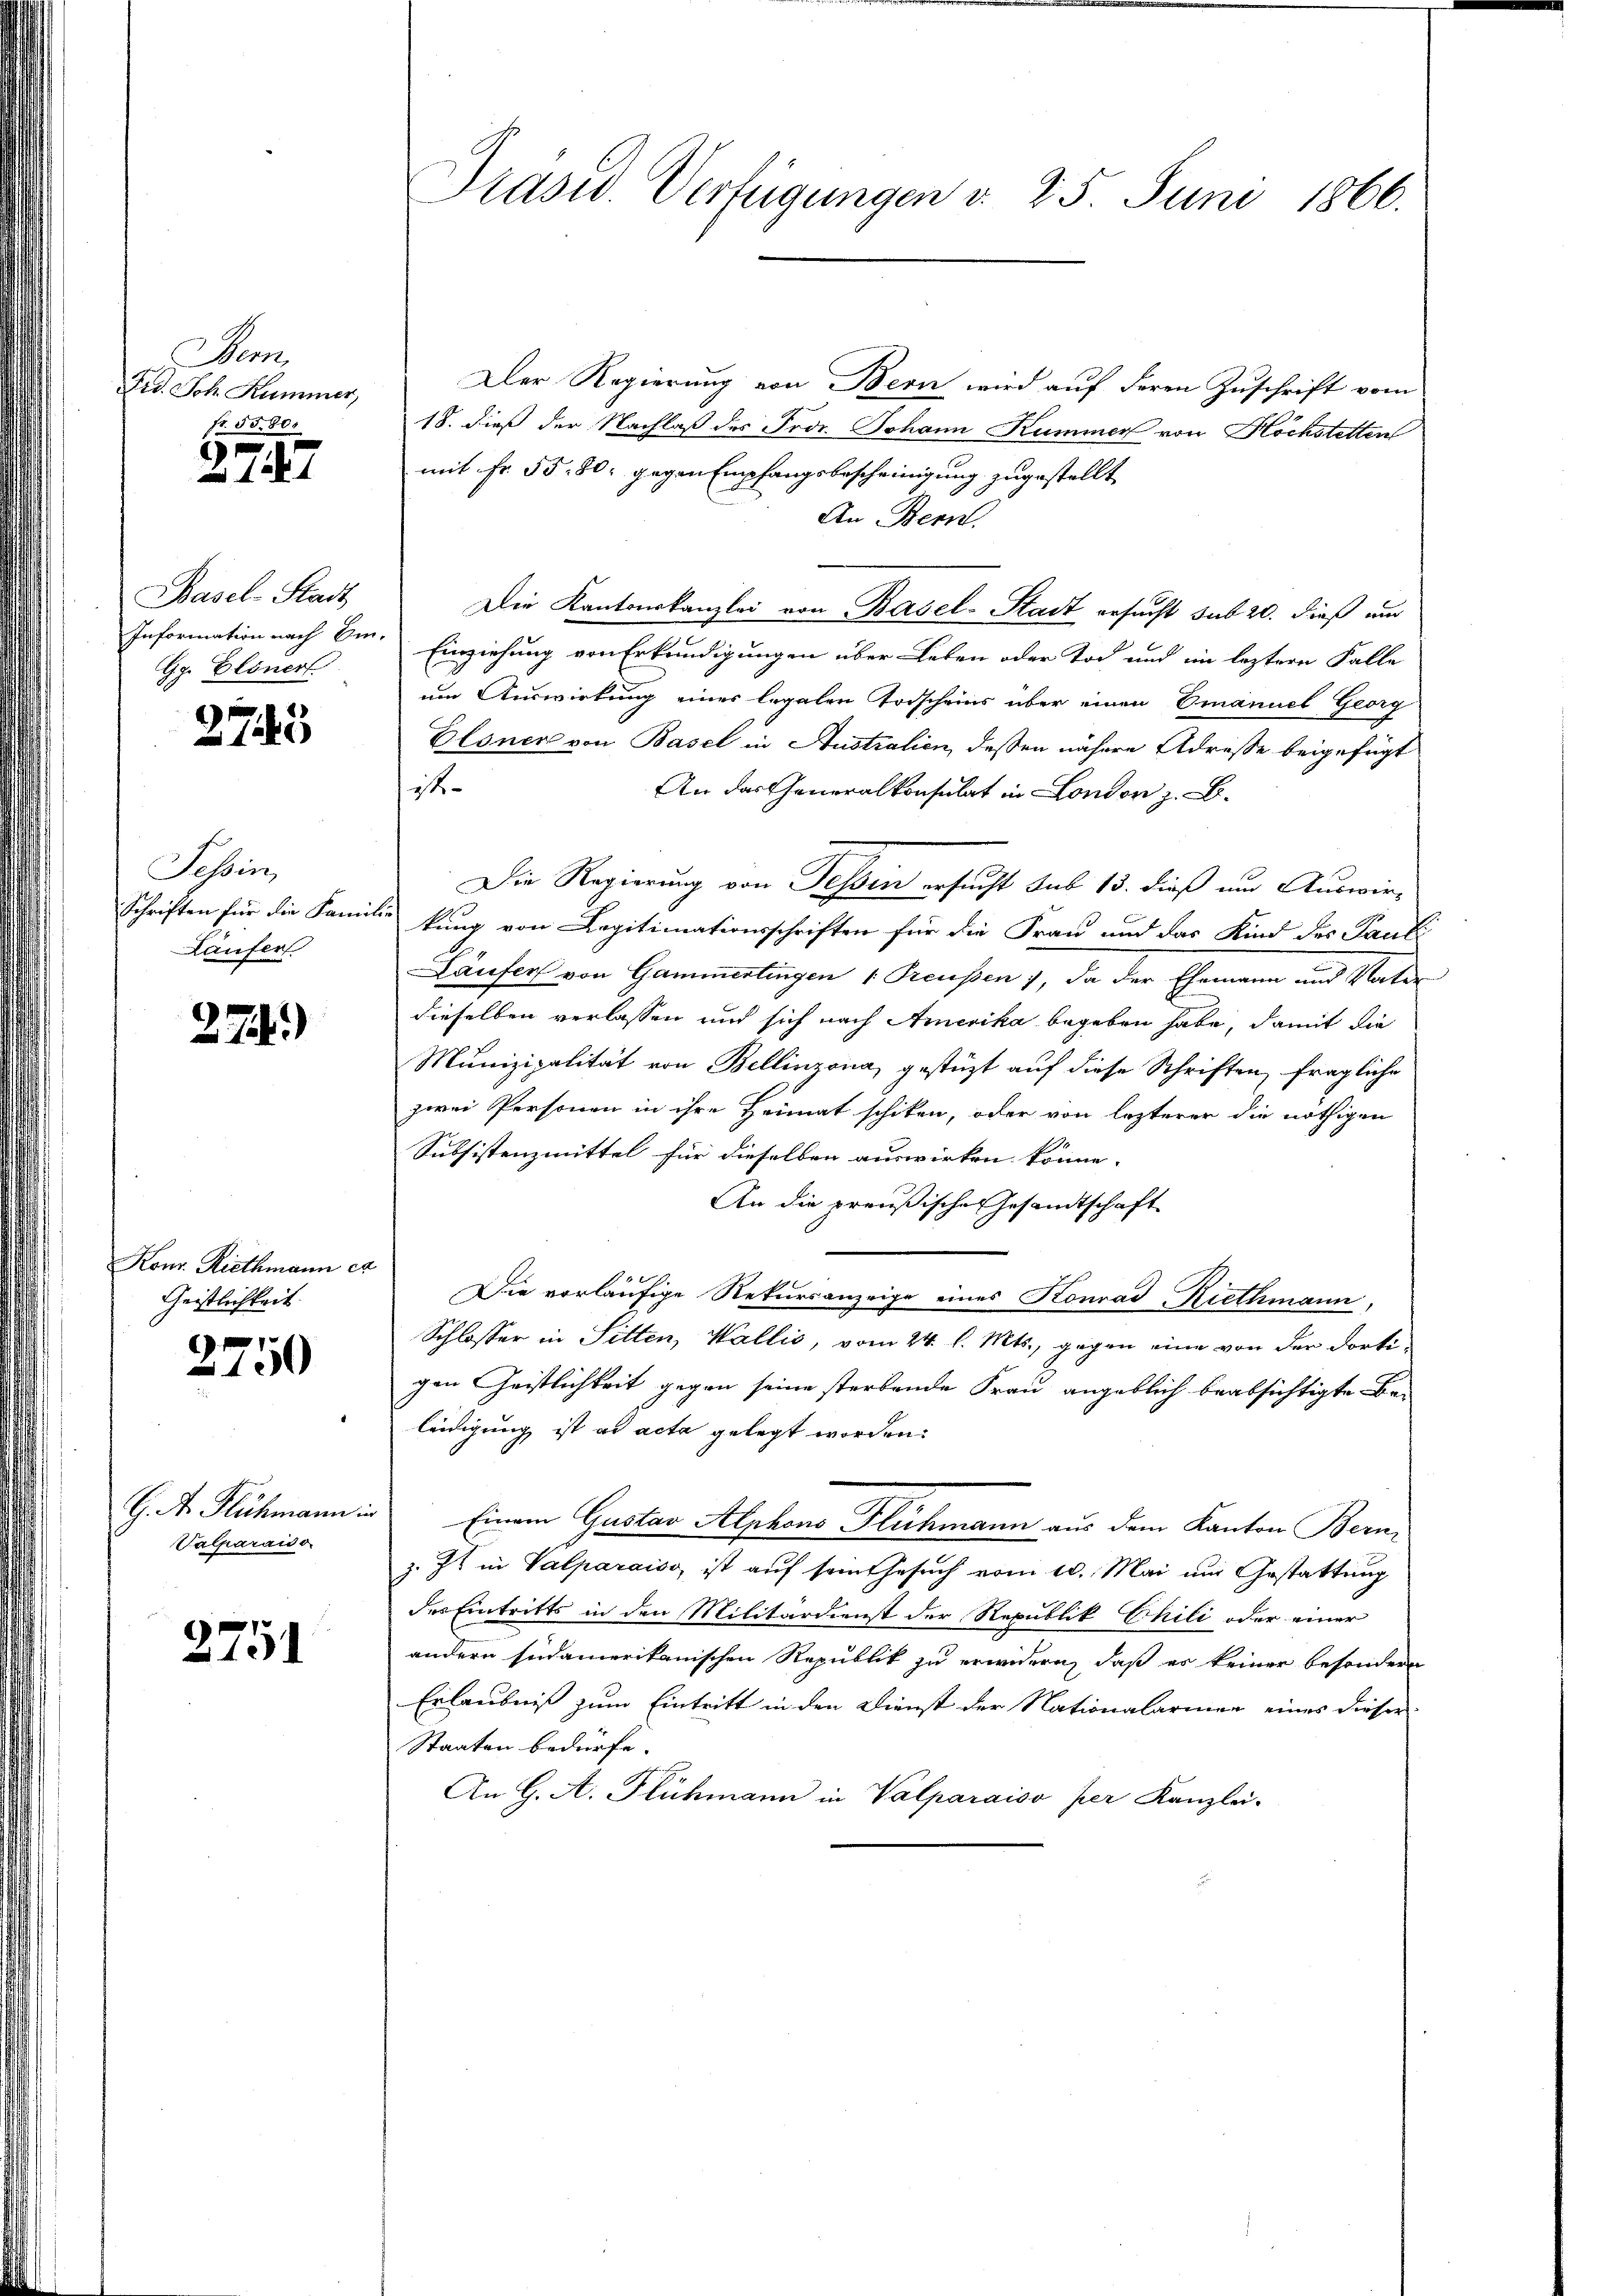
Den
Fis. Joh. Hummer,
fr. 55,80

2727

Basel-Stadt
G. Bläuerl

275

Tessin,
Laufer

274)

Konr. Riethmann er
Geistlichkeit

2750

G. A. Fluchmann in
Valparaiso

2751

Präsid. Verfügungen v. 25. Juni 1866.

Der Regierung von Bern wird auf deren Zuschrift vom
18. dieß der Nachlaß des Fror. Johann Kummer von Höchstetten
mit Fr. 55. 80, gegen Empfangsbescheinigung zugestellt
An Bern.
Die Kantonskanzlei von Basel-Stadt ersucht sub 20. dieß und
Information nach bin. Einziehung von Erkundigungen über Leben oder Tod und im leztere Falle
um Auswirkung einer legalen Todscheins über einen Emanuel Georg
Elonen von Basel in Australien, deßen nähere Adresse beigefügt
ist
An das Generalkonsulat in London z. B.
Die Regierung von Tessin ersucht sub 15. dieß und Auswir¬
Schriften für die Familie kung von Legitimationsschriften für die Frau und das Kind des Pauli
Läufers von Gammerlingen 1 Preußen, da der Ehemann und Vater
dieselben verlassen und sich nach Amerika begeben habe, damit die
Munizipalität von Bellinzona, gestüzt auf diese Schriften, fragliche
zwei Personen in ihre Heimat schiken, oder von lezterer die nöthigen
Subsistenzmittel für dieselben auswirken könne.
An die preußische Gesandtschaft
Die vorläufige Rekursanzeige eines Konrad Riethmann
Schlosser in Sitten, Wallis, vom 24. l. Mts., gegen eine von der dortigen Geistlichkeit gegen seine sterbende Frau angeblich beabsichtigte Be-
leidigung ist ad acta gelegt worden.
 Einem Gustav Alphons Fluchmann aus dem Kanton Bern
z. Zt. in Valparaiss, ist auf sein Gesuch vom 10. Mai und Gestattung
des Eintritts in den Militärdienst der Republik Chili oder einer
andern südamerikanischen Republik zu erwidern, daß es keiner besondern
Erlaubniß zum Eintritt in den Dienst der Nationalarmen eines dieser
Staaten bedürfe.
An G. A. Flühmann in Valparaiso per Kanzlei-